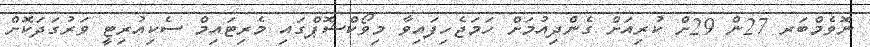
ނޮވެމްބަރ 27ން 29ށް ކުރިއަށް ގެންދިއުމަށް ހަމަޖެހިފައިވާ މިވޯކްޝޮޕްގައި މެރިޓައިމް ސެކިއުރިޓީ ވަރުގަދަކޮށް